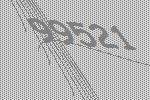
99521